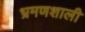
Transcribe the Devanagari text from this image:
भ्रमणशाली